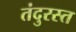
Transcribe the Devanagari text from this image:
तंदुरस्त